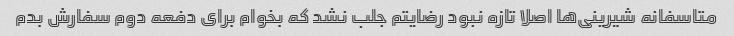
متاسفانه شیرینی‌ها اصلا تازه نبود رضایتم جلب نشد که بخوام برای دفعه دوم سفارش بدم